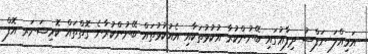
އަމިއްލަ ނަފްސު ދިފާޢުގައި ބޭނުންކުރާ އުކުޅުތަކާއި އެއުކުޅުތައް ބޭނުންކުރާނެ ގޮތްތައް ކޮމިޝަނަރ އޮފް